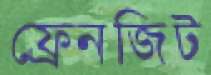
ফ্রেনজিট